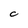
Character: C